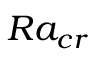
R a _ { c r }